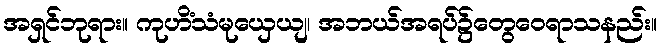
အရှင်ဘုရား။ ကုဟိံသံမုယှေယျ၊ အဘယ်အရပ်၌တွေဝေရာသနည်း။